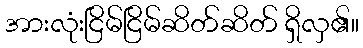
အားလုံးငြိမ်ငြိမ်ဆိတ်ဆိတ် ရှိလှ၏။